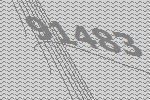
91483